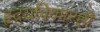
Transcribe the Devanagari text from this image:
हृदयविकारही